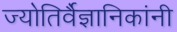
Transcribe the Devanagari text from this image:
ज्योतिर्वैज्ञानिकांनी